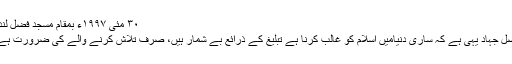
٣٠ مئی ١٩٩٧ء بمقام مسجد فضل لندن
اصل جہاد یہی ہے کہ ساری دنیامیں اسلام کو غالب کرنا ہے تبلیغ کے ذرائع بے شمار ہیں، صرف تلاش کرنے والے کی ضرورت ہے ۔